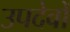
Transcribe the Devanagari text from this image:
उपदेवों